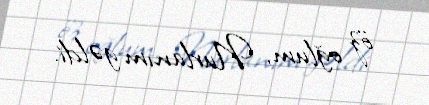
öz oğlum, Nurlanım gəldi.